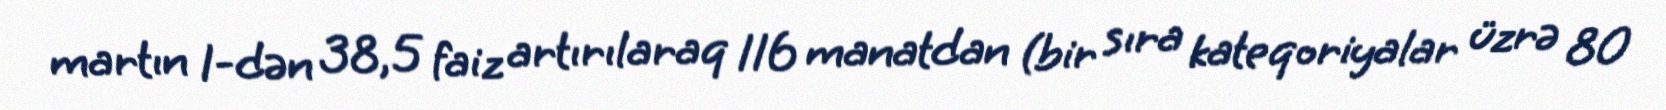
martın 1-dən 38,5 faiz artırılaraq 116 manatdan (bir sıra kateqoriyalar üzrə 80